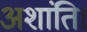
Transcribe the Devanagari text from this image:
अशांति।